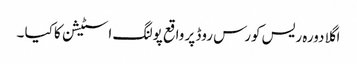
اگلا دورہ ریس کورس روڈ پر واقع پولنگ اسٹیشن کا کیا ۔